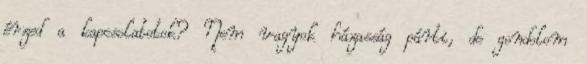
érzed a kapcsolatotok? Nem vagyok házasság párti, de gondolom